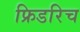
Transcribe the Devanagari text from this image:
फ्रिडरिच